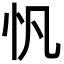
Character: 忛